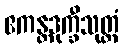
ဧကန္တဒုက္ခီသုတ္တံ